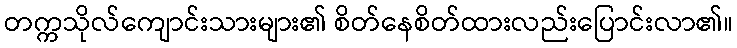
တက္ကသိုလ်ကျောင်းသားများ၏ စိတ်နေစိတ်ထားလည်းပြောင်းလာ၏။